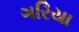
ગરિયા